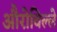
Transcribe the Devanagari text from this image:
औरोविल्ले